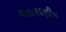
વતાવરણીય